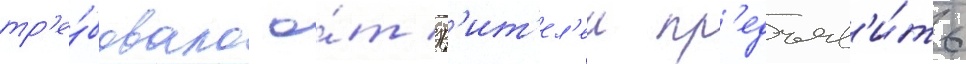
тр'е́бовало о́т зр'ит'ел'еи пр'едъяв'и́ть